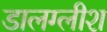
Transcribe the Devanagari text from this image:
डालग्लीश